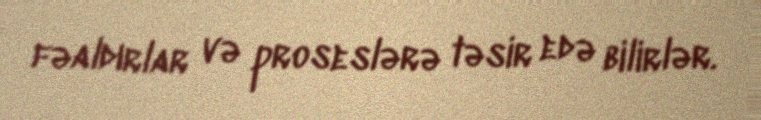
fəaldırlar və proseslərə təsir edə bilirlər.